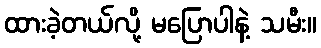
ထားခဲ့တယ်လို့ မပြောပါနဲ့ သမီး။